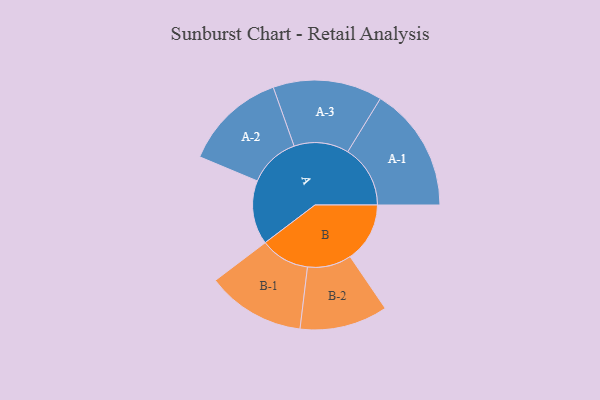
{"axis": {"x": "Segment", "y": "Value"}, "legend": ["", "A", "B"], "data": [{"x": "A", "y": 269, "type": ""}, {"x": "B", "y": 251, "type": ""}, {"x": "A-1", "y": 263, "type": "A"}, {"x": "A-2", "y": 215, "type": "A"}, {"x": "A-3", "y": 230, "type": "A"}, {"x": "B-1", "y": 207, "type": "B"}, {"x": "B-2", "y": 185, "type": "B"}]}